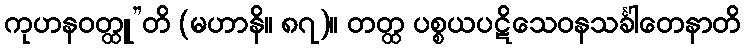
ကုဟနဝတ္ထူ”တိ (မဟာနိ။ ၈၇)။ တတ္ထ ပစ္စယပဋိသေဝနသင်္ခါတေနာတိ